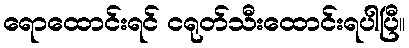
ရောထောင်းရင် ငရုတ်သီးထောင်းရပါပြီ။